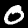
Label: 0